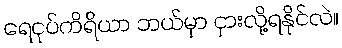
ရေငုပ်ကိရိယာ ဘယ်မှာ ငှားလို့ရနိုင်လဲ။